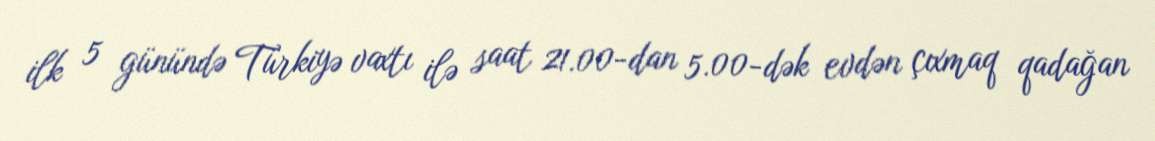
ilk 5 günündə Türkiyə vaxtı ilə saat 21.00-dan 5.00-dək evdən çıxmaq qadağan